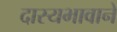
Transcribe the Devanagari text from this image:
दास्यभावाने